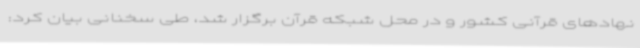
نهادهای قرآنی کشور و در محل شبکه قرآن برگزار شد، طی سخنانی بیان کرد: